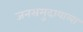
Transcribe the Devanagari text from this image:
जनसमुदायाला